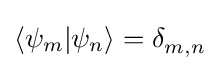
\langle \psi _{m}|\psi _{n}\rangle =\delta _{m,n}^{\,}